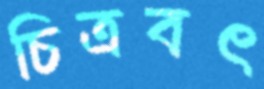
চিত্রবৎ